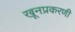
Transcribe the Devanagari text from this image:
खूनप्रकरणी